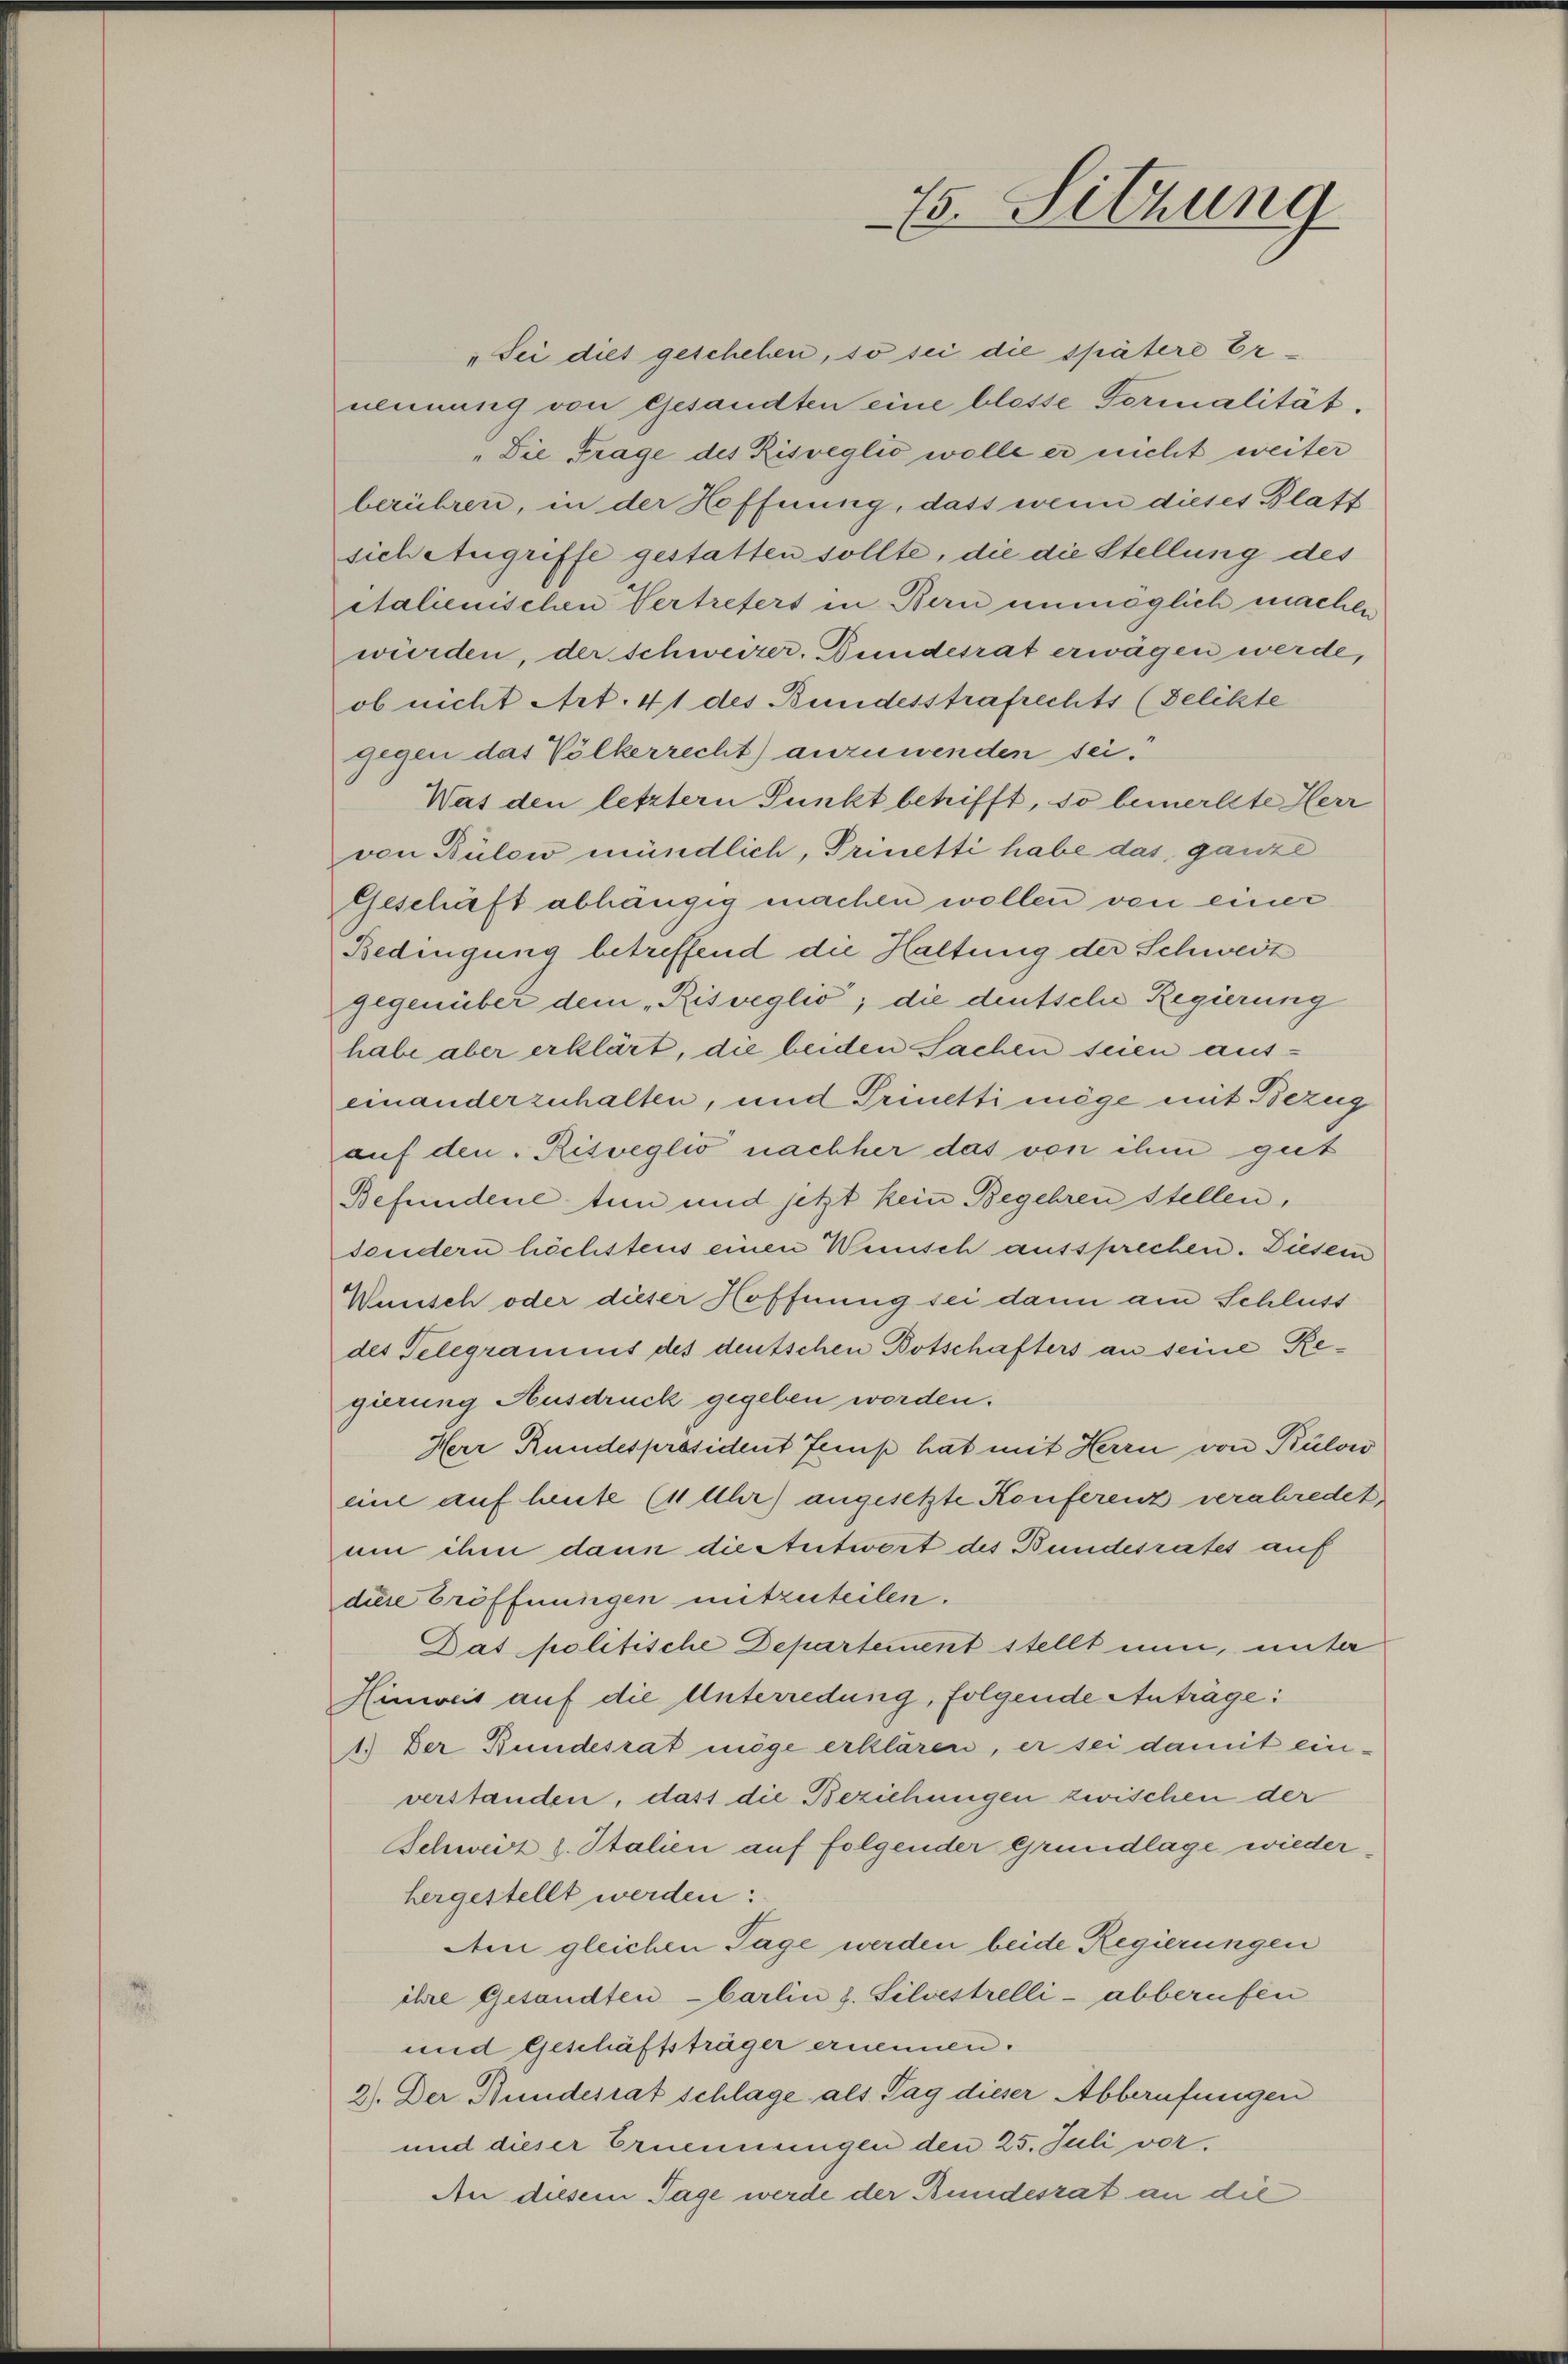
15. Sitzung

„Sei dies geschehen, so sei die spätere Ernennung von Gesandten eine blosse Formalität.
"Die Frage des Risveglio wolle er nicht weiter
berühren, in der Hoffnung, dass wenn dieses Blatt
sich Angriffe gestatten sollte, die die Stellung des
italienischen Vertreters in Bern unmöglich machen
würden, der schweizer. Bundesrat erwägen werde,
ob nicht Art. 41 des Bundesstrafrechts (Pelikte
gegen das Völkerrecht) anzuwenden sei.
Was den letztern Punkt betrifft, so bemerkte Herr
von Bülow mündlich, Prinetti habe das ganze
Geschäft abhängig machen wollen von einer
Bedingung betreffend die Haltung der Schweiz
Gegenüber dem „Risveglio; die deutsche Regierung
habe aber erklärt, die beiden Sachen seien auseinanderzuhalten, und Trinetti möge mit Bezug
auf den Risveglio nachher das von ihm gut
Befundene tun und jetzt kein Begehren Stellen,
sondern höchstens einen Wenisch aussprechen. Diesem
Wunsch oder dieser Hoffnung sei dann am Schluss
des Telegramms des deutschen Botschafters an seine Regierung Ausdruck gegeben worden.
Herr Rundespräsident Femp hat mit Herrn von Bülow
eine auf heute (11 Uhr) angesetzte Konferenz verabredet,
um ihm dann die Antwort des Bundesrates auf
diere Eröffnungen mitzuteilen.
Dat politische Departement stellt nun, unter
Hinweis auf die Unterredung, folgende Anträge:
1.) Der Bundesrat möge erklären, er sei damit einverstanden, dass die Beziehungen zwischen der
Schweiz s. Italien auf folgender Grundlage wiederhergestellt werden:
Am gleichen Tage werden beide Regierungen
ihre Gesandten barlin z. Silvestrelli - abberufen
und Geschäftsträger ernennen.
2). Der Bundesrat schlage als Tag dieser Abberufungen
und dieser Ernennungen den 25. Juli vor.
An diesem Tage werde der Bundesrat an die